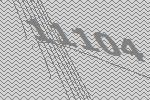
11104